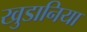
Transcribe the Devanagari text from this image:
खुडानिया